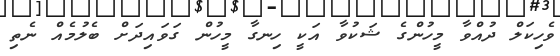
ވެހިކަލް ދުއްވާ މީހުންގެ ޝަކުވާ އަކީ ހިނގާ މީހުން ގަވައިދަށް ބެލުމެއް ނެތި